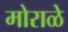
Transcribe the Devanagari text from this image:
मोराळे